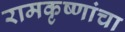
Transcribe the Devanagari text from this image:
रामकृष्णांचा